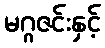
မဂ္ဂဇင်းနှင့်